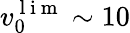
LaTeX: v_{0}^{\mathrm{~l~i~m~}}\sim 10